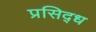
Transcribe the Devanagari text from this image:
प्रसिद्‍ध